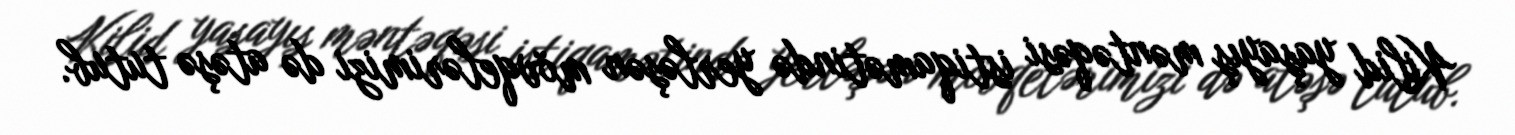
Kilid yaşayış məntəqəsi istiqamətində yerləşən mövqelərimizi də atəşə tutub.